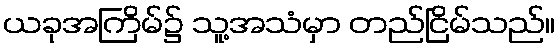
ယခုအကြိမ်၌ သူ့အသံမှာ တည်ငြိမ်သည်။